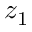
z _ { 1 }